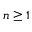
n \geq 1